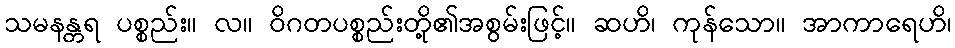
သမနန္တရ ပစ္စည်း။ လ။ ဝိဂတပစ္စည်းတို့၏အစွမ်းဖြင့်။ ဆဟိ၊ ကုန်သော။ အာကာရေဟိ၊